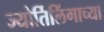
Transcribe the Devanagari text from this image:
ज्‍योर्तिलिंगाच्‍या